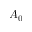
A _ { 0 }